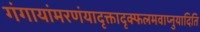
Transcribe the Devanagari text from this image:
गंगायांमरणंयादृक्तादृक्फलमवाप्नुयादिति